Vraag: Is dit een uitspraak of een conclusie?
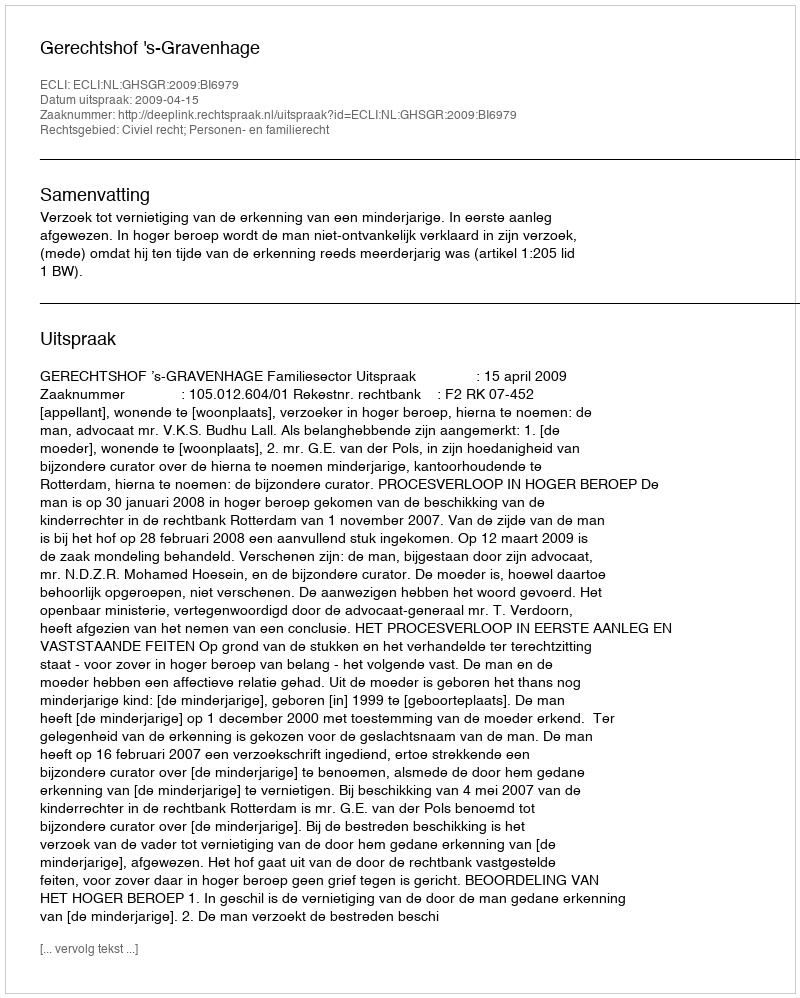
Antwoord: Uitspraak